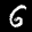
Digit: 6